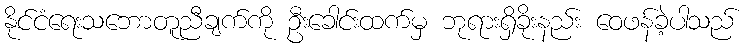
နိုင်ငံရေးသဘောတူညီချက်ကို ဦးခေါင်းထက်မှ ဘုရားရှိခိုးနည်း ဝေဖန်ခဲ့ပါသည်